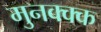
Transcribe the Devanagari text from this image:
मुनक्क्क